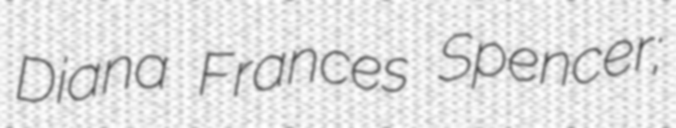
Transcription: Diana Frances Spencer;